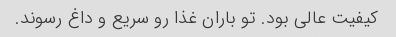
کیفیت عالی بود. تو باران غذا رو سریع و داغ رسوند.